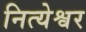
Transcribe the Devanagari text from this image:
नित्येश्वर